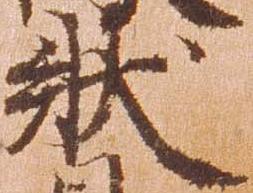
状